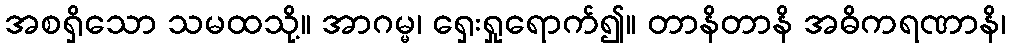
အစရှိသော သမထသို့။ အာဂမ္မ၊ ရှေးရှုရောက်၍။ တာနိတာနိ အဓိကရဏာနိ၊